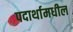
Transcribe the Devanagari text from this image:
पदार्थामधील